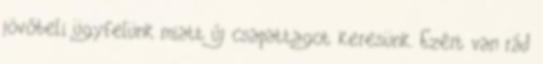
jövőbeli ügyfelünk miatt új csapattagot keresünk. Ezért van rád